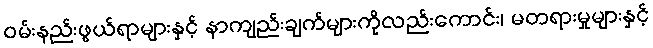
ဝမ်းနည်းဖွယ်ရာများနှင့် နာကျည်းချက်များကိုလည်းကောင်း၊ မတရားမှုများနှင့်